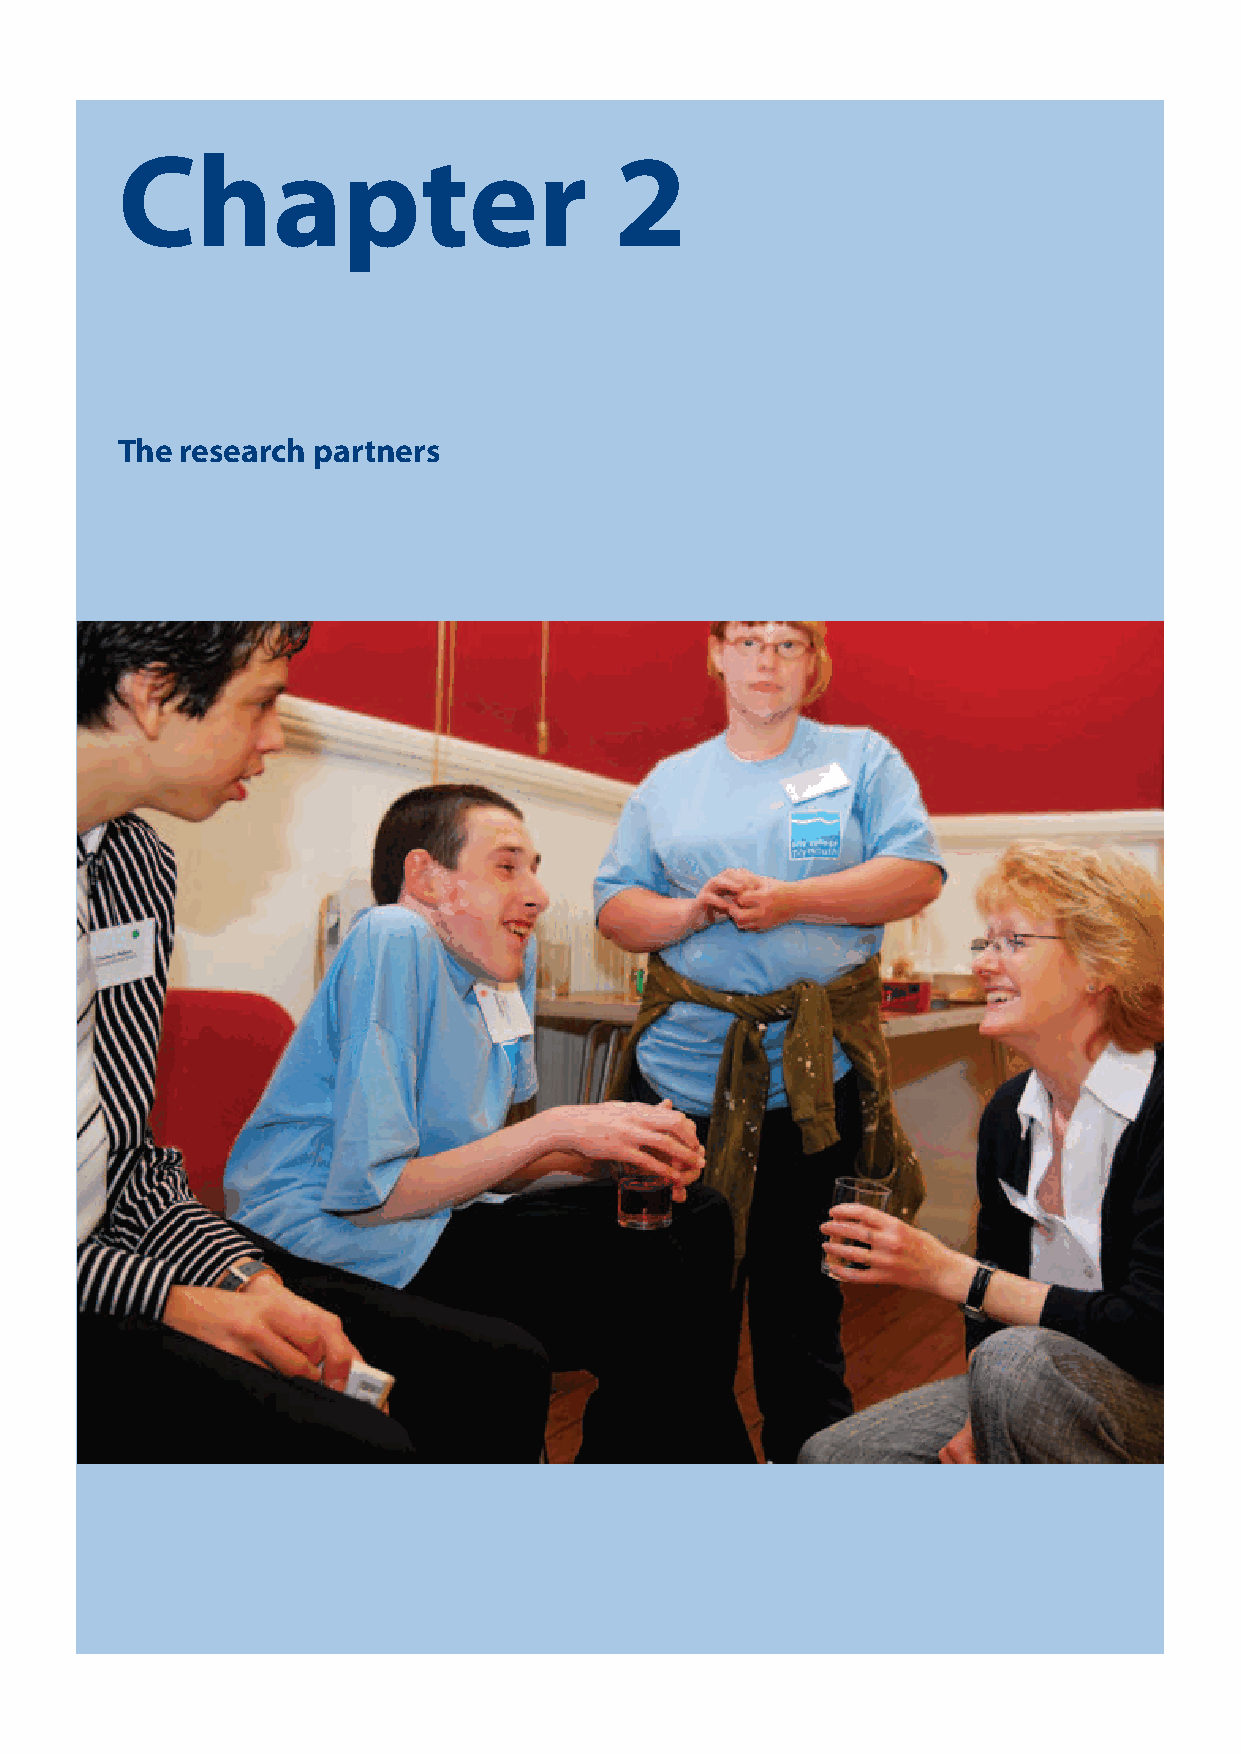
Chapter                          2
 The research partners
 What About Us?